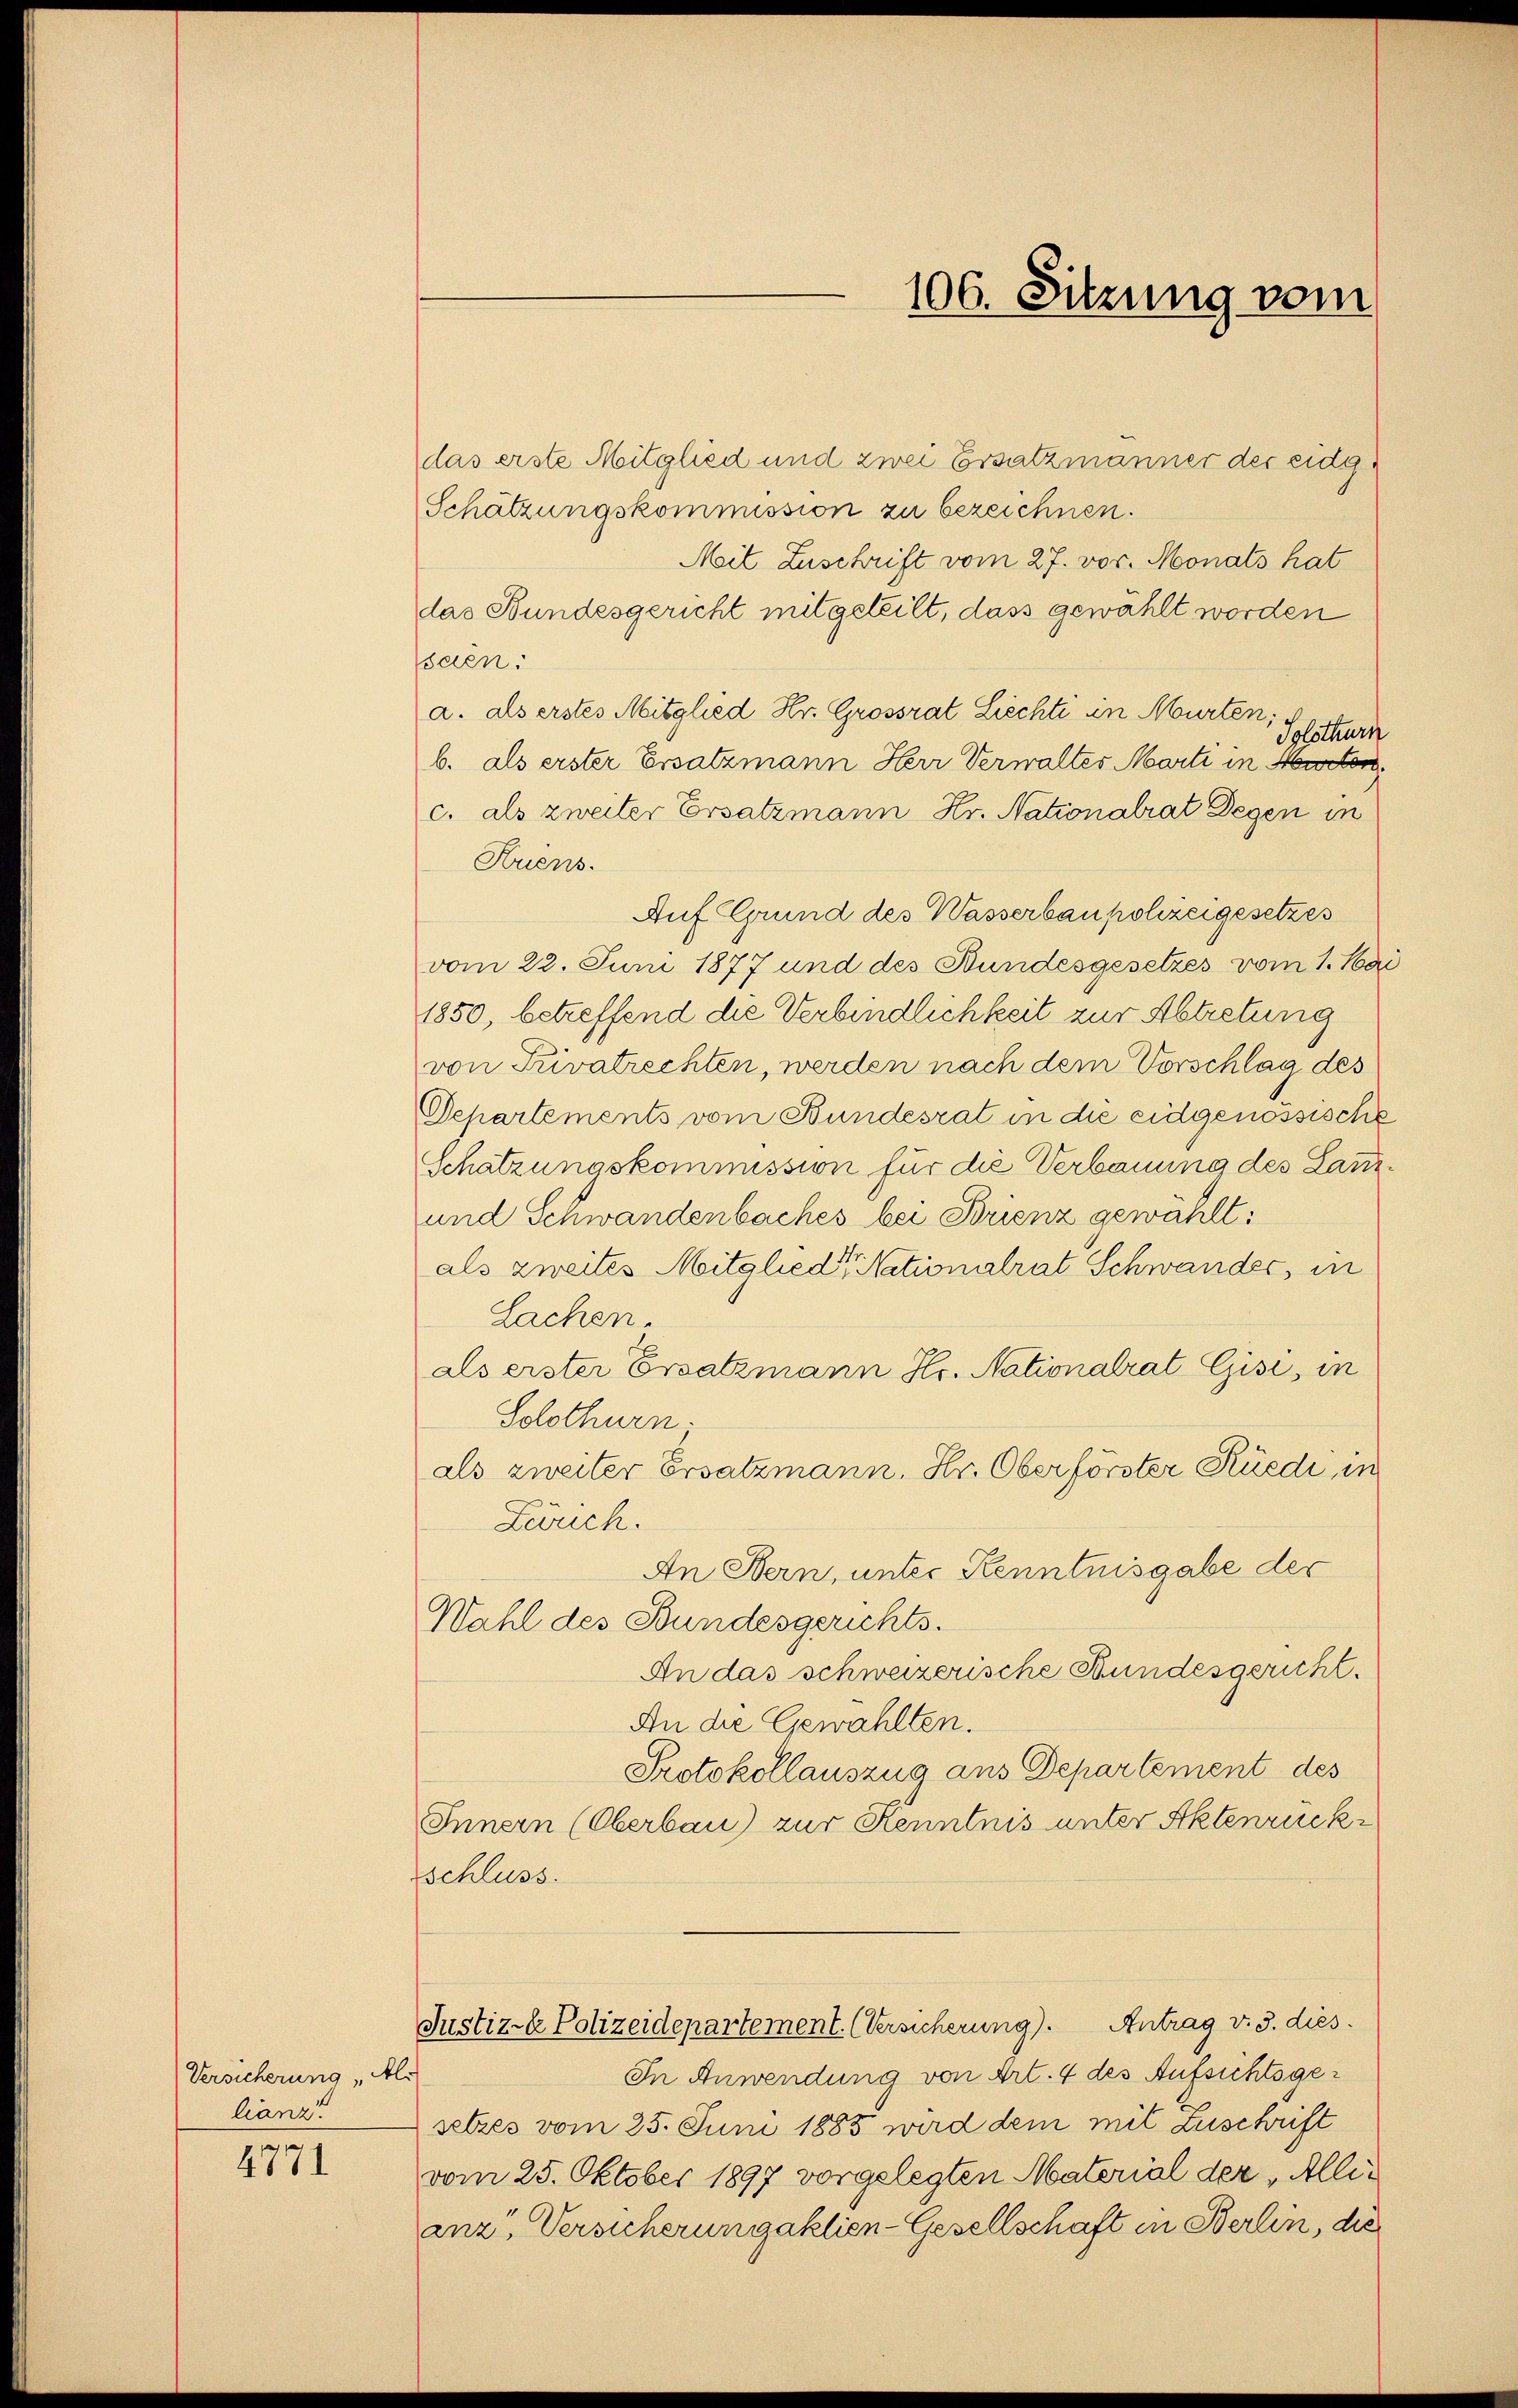
Versicherung „Als
lianz!
4771

106. Sitzung vom

das erste Mitglied und zwei Ersatzmänner der eidg¬
Schätzungskommission zu bezeichnen.
Mit Zuschrift vom 27. vor. Monats hat
das Bundesgericht mitgeteilt, dass gewählt worden
scen
a. als erstes Mitglied Hr. Grossrat Liechti in Murten;
Solothurn
b. als erster Ersatzmann Herr Verwaltes Marti in Murten
c. als zweiter Ersatzmann Hr. Nationalrat Degen in
Huens.
Auf Grund des Wasserbaupolizeigesetzes
vom 22. Juni 1877 und des Bundesgesetzes vom 1. Ma
1850, betreffend die Verbindlichkeit zur Abtretung
von Privatrechten, werden nach dem Vorschlag des
Departements vom Bundesrat in die eidgenössische
Schätzungskommission für die Verbauung des Lan¬
und Schwandenbaches bei Brienz gewählt:
als zweites Mitglieder stationalrat Schwandes, in
Sachen.
als erster Ersatzmann Hr. Nationalrat Gisi, in
Solothurn.
als zweiter Ersatzmann, Hr. Oberförster Rüedi, in
Zürich.
An Bern, unter Kenntnisgabe der
Wahl des Bundesgerichts¬
An das schweizerische Bundesgericht.
An die Gewählten.
Protokollauszug aus Departement des
Innern (Oberbau) zur Kenntnis unter Aktenrückschluss.
Justiz- & Polizeidepartement. (Versicherung). Antrag v. 3. dies.
In Anwendung von Art. 4 des Aufsichtsgesetzes vom 25. Juni 1885 wird dem mit Zuschrift
vom 25. Oktober 1897 vorgelegten Material der „Allianz, Versicherungsaktien-Gesellschaft in Berlin, die